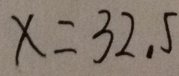
x = 3 2 . 5